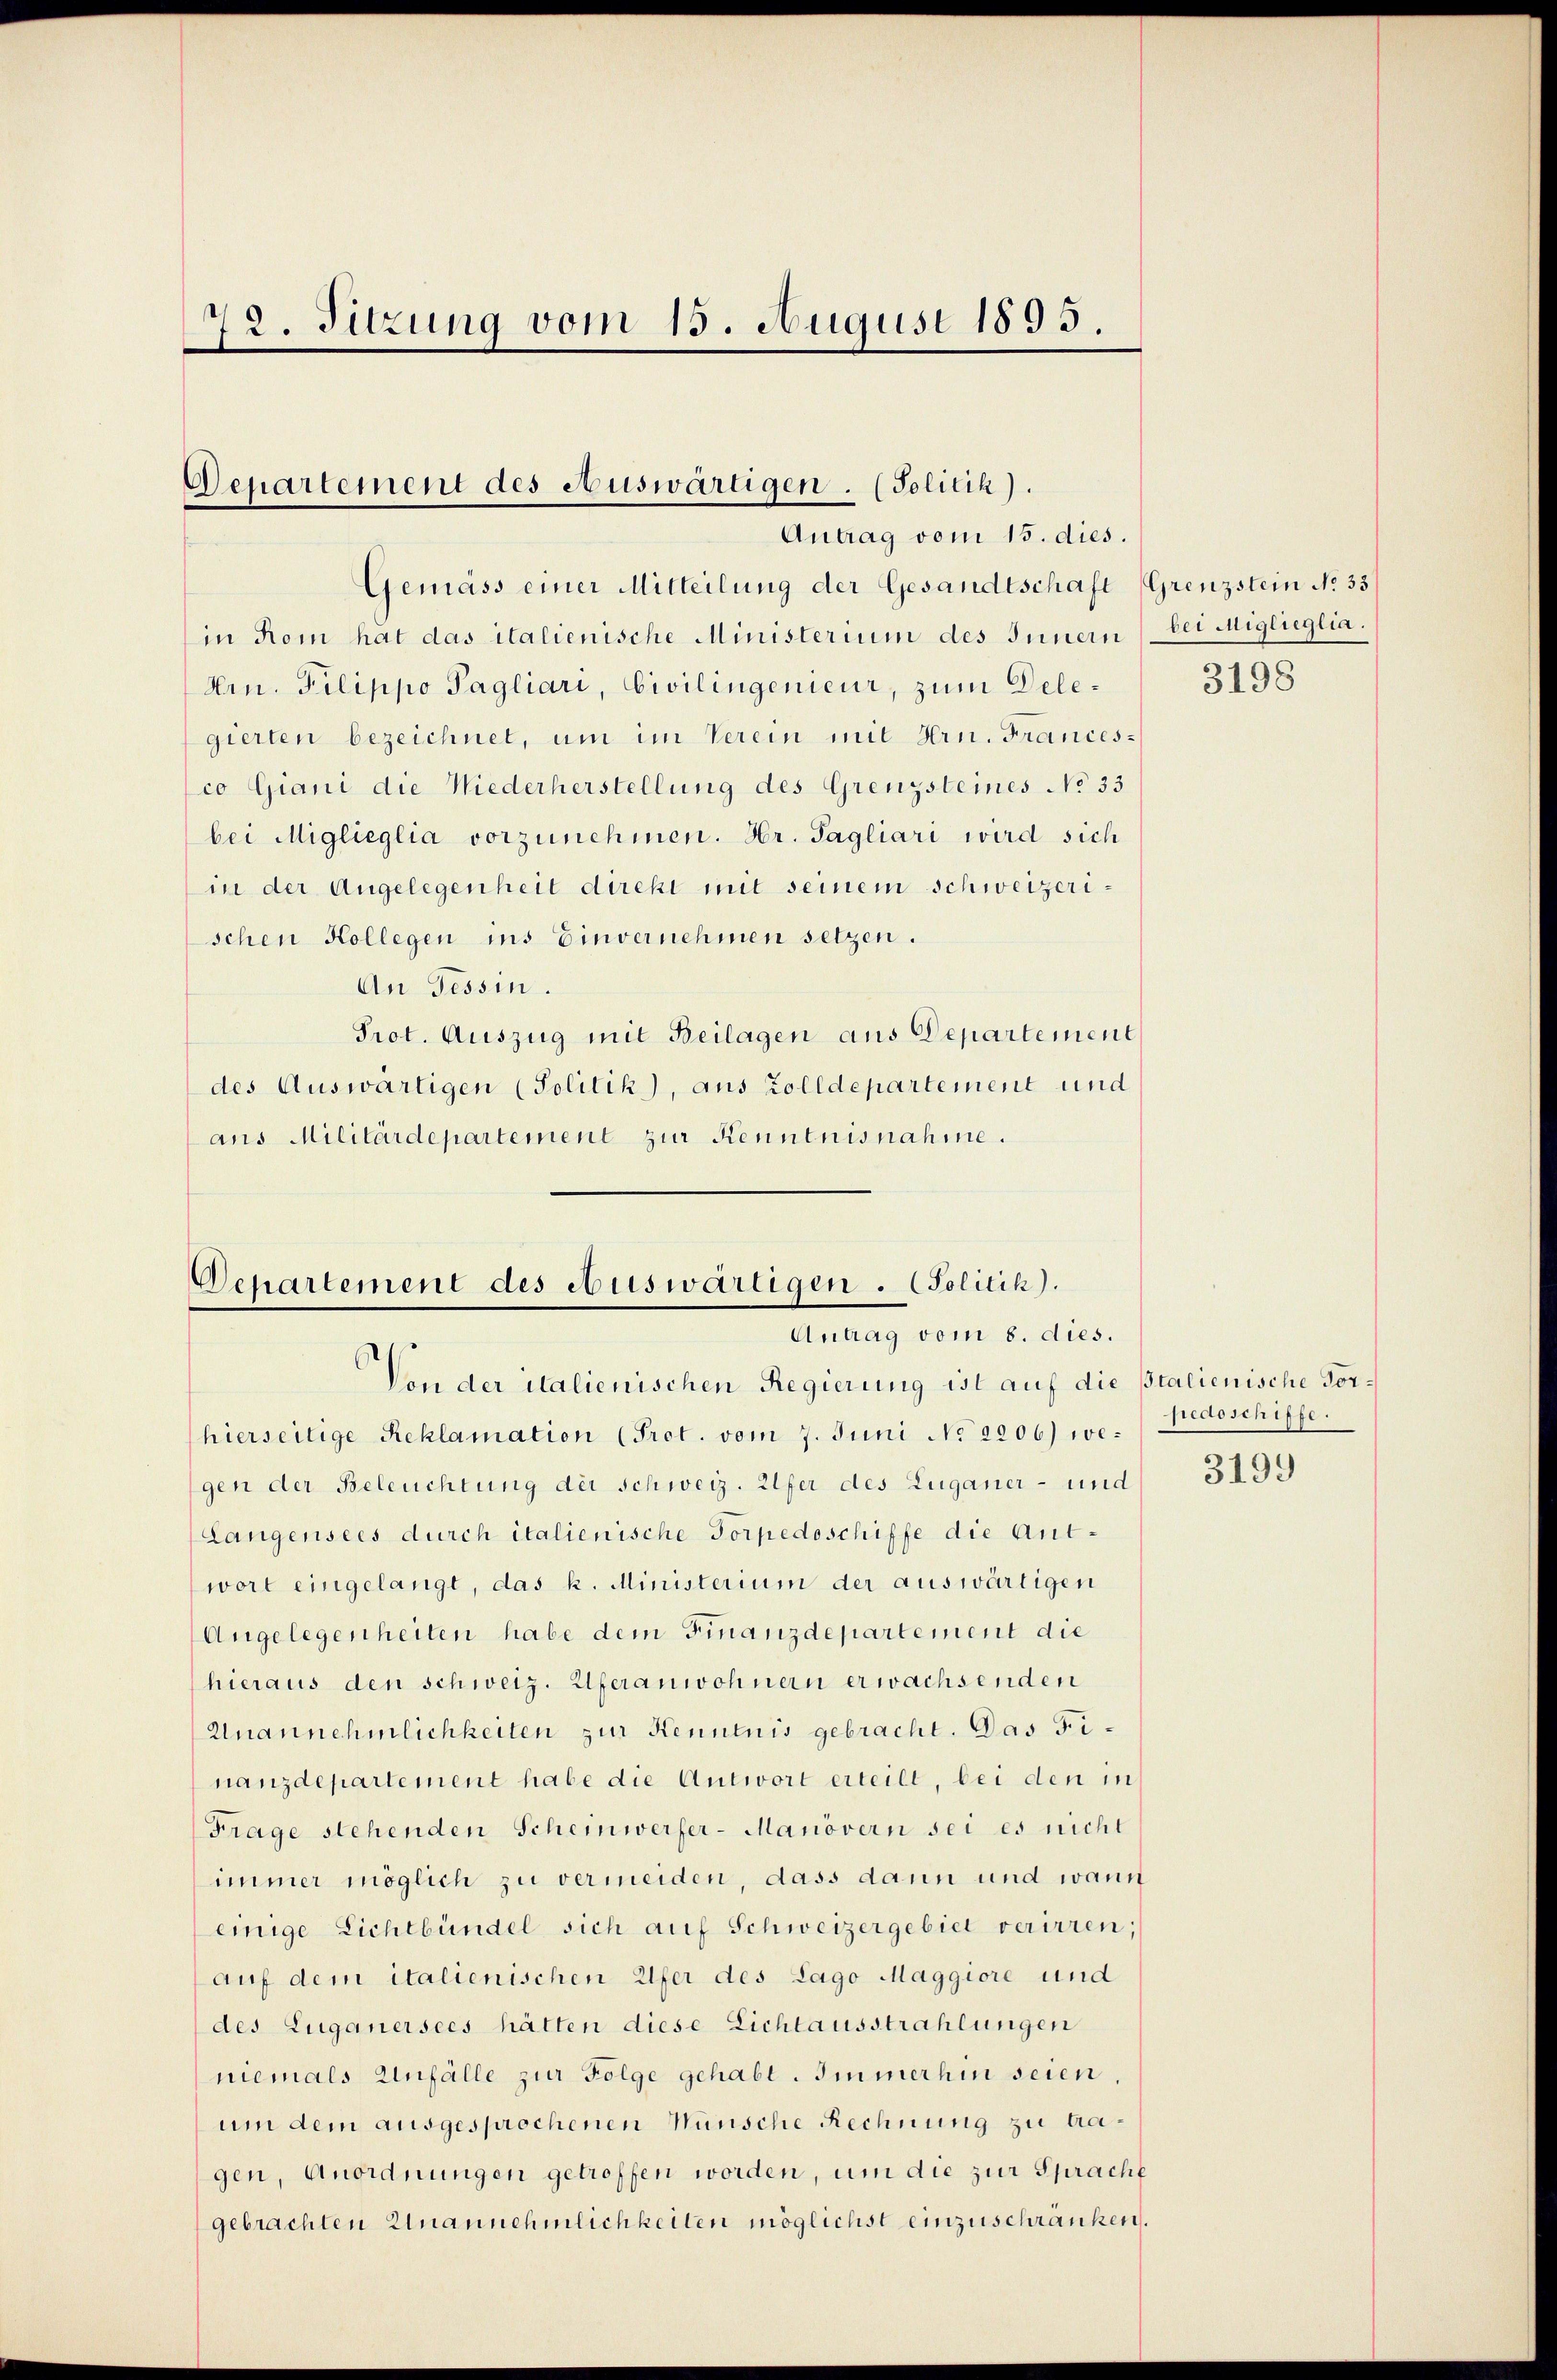
72. Sitzung vom 15. August 1893.

Departement des Auswärtigen. (Politik).
Antrag vom 15. dies.

Gemäss einer Mitteilung der Gesandtschaft (Grenzstein No 33
in om hat das italienische Ministerium des Innern bei Miglieglia.
Arn. Pilippo Pagliari, Civilingenieur, zum Delegierten bezeichnet, um im Verein mit Hrn. Francesco Giani die Niederherstellung des Grenzsteines No 33
bei Miglieglia vorzunehmen. Hr. Tagliari wird sich
in der Angelegenheit direkt mit seinem schweizerischen Kollegen ins Einvernehmen setzen.
An Tessin.
Prot. Auszug mit Beilagen aus Departement
des Auswärtigen (Politik), aus Zolldepartement und
ans Militärdepartement zur Kenntnisnahme.

Departement des Auswärtigen. (Solitik).
Antrag vom 8. dies.

Von der italienischen Regierung ist auf die Italienische Vorhierseitige Reklamation (Prot. vom 7. Juni No 2206) wegen der Beleuchtung der Schweiz. Ulfer des Zuganer- und
Langensees durch italienische Torpedoschiffe die Antwort eingelangt, das k. Ministerium der auswärtigen
Angelegenheiten habe dem Finanzdepartement die
hieraus den schweiz. Uferanwohnern erwachsenden
Unannehmlichkeiten zur Kenntnis gebracht. Das Finanzdepartement habe die Antwort erteilt, bei den in
Frage stehenden Scheinwerfer-Manövern sei es nicht
immer möglich zu vermeiden, dass dann und wann
einige Lichtbündel sich auf Schweizergebiet verirren;
auf dem italienischen Ufer des Lago Maggiore und
des Luganersees hätten diese Lichtausstrahlungen
niemals Unfälle zur Folge gehabt. Immerhin seien.
um dem ausgesprochenen Wünsche Rechnung zu tragen, Anordnungen getroffen worden, um die zur Sprache
gebrachten Unannehmlichheiten möglichst einzuschränken.

3198

pedoschiffe.

3199